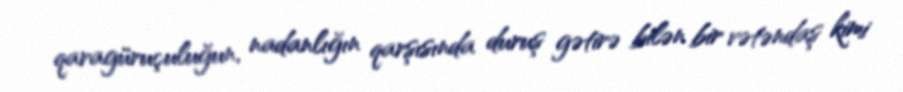
qaragüruçuluğun, nadanlığın qarşısında duruş gətirə bilən bir vətəndaş kimi